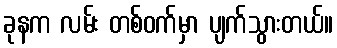
ခုနက လမ်း တစ်ဝက်မှာ ပျက်သွားတယ်။